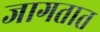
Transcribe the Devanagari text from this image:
जागतात